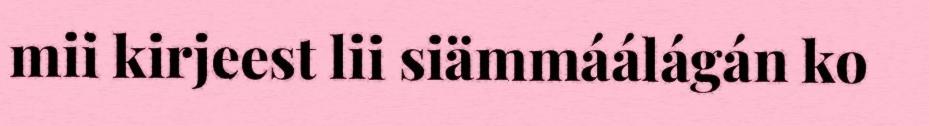
mii kirjeest lii siämmáálágán ko